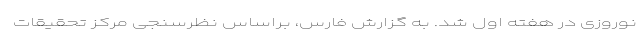
نوروزی در هفته اول شد. به گزارش فارس، براساس نظرسنجی مرکز تحقیقات